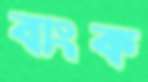
ব্যংক